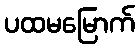
ပထမမြောက်